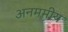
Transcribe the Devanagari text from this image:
अनममीय